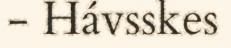
- Hávsskes